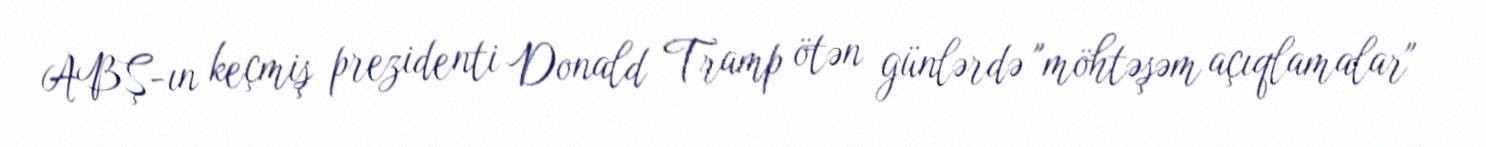
ABŞ-ın keçmiş prezidenti Donald Tramp ötən günlərdə "möhtəşəm açıqlamalar"